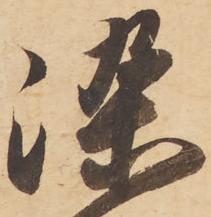
染